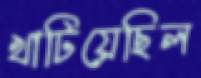
খাটিয়েছিল